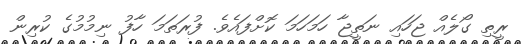
ރީތި ގޯލެއް ޖަހައި ނަތީޖާ ހަމަހަމަ ކޮށްފައެވެ. ފުރަތަމަ ހާފު ނިމުމުގެ ކުރިން